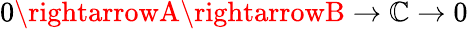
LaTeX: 0\rightarrowA\rightarrowB\rightarrow\mathbb{C}\rightarrow0